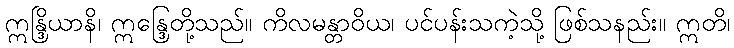
ဣန္ဒြိယာနိ၊ ဣန္ဒြေတို့သည်။ ကိလမန္တာဝိယ၊ ပင်ပန်းသကဲ့သို့ ဖြစ်သနည်း။ ဣတိ၊